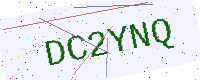
Text: DC2YNQ